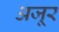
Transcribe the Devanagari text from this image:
अजूर